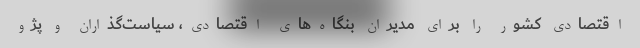
اقتصادی کشور را برای مدیران بنگاه‌های اقتصادی، سیاست‌گذاران و پژو